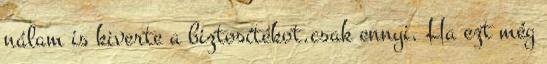
nálam is kiverte a biztosí­tékot.csak ennyi. Ha ezt még